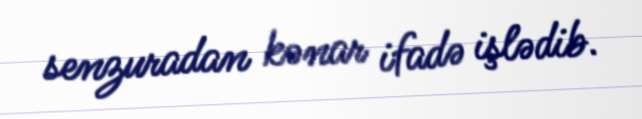
senzuradan kənar ifadə işlədib.